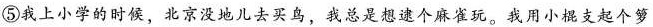
⑤我上小学的时候，北京没地儿去买鸟，我总是想逮个麻雀玩。我用小棍支起个箩